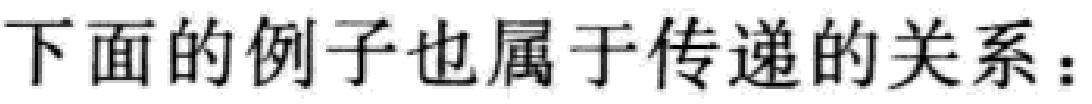
下面的例子也属于传递的关系：